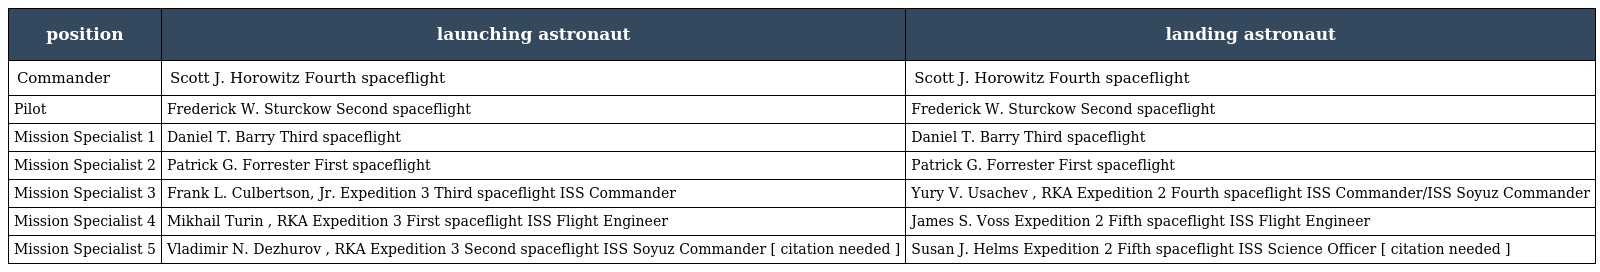
| position | launching astronaut | landing astronaut |
 | --- | --- | --- |
 | Commander | Scott J. Horowitz Fourth spaceflight | Scott J. Horowitz Fourth spaceflight |
 | Pilot | Frederick W. Sturckow Second spaceflight | Frederick W. Sturckow Second spaceflight |
 | Mission Specialist 1 | Daniel T. Barry Third spaceflight | Daniel T. Barry Third spaceflight |
 | Mission Specialist 2 | Patrick G. Forrester First spaceflight | Patrick G. Forrester First spaceflight |
 | Mission Specialist 3 | Frank L. Culbertson, Jr. Expedition 3 Third spaceflight ISS Commander | Yury V. Usachev , RKA Expedition 2 Fourth spaceflight ISS Commander/ISS Soyuz Commander |
 | Mission Specialist 4 | Mikhail Turin , RKA Expedition 3 First spaceflight ISS Flight Engineer | James S. Voss Expedition 2 Fifth spaceflight ISS Flight Engineer |
 | Mission Specialist 5 | Vladimir N. Dezhurov , RKA Expedition 3 Second spaceflight ISS Soyuz Commander [ citation needed ] | Susan J. Helms Expedition 2 Fifth spaceflight ISS Science Officer [ citation needed ] |